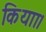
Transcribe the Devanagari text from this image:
कियाा।